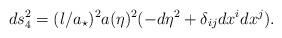
LaTeX: \begin{align*}ds_4^2= (l/a_{\star})^2a(\eta)^2 (-d \eta^2 +\delta_{ij} dx^i dx^j).\end{align*}